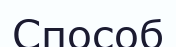
Способ